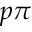
p \pi